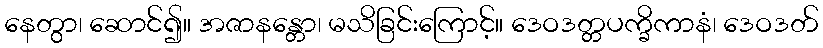
နေတွာ၊ ဆောင်၍။ အဇာနန္တော၊ မသိခြင်းကြောင့်။ ဒေဝဒတ္တပက္ခိကာနံ၊ ဒေဝဒတ်